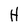
Character: H